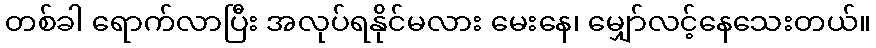
တစ်ခါ ရောက်လာပြီး အလုပ်ရနိုင်မလား မေးနေ၊ မျှော်လင့်နေသေးတယ်။